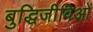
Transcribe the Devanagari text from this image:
बुद्धिजीविओं